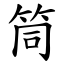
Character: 筒